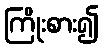
ကြိုးစား၍